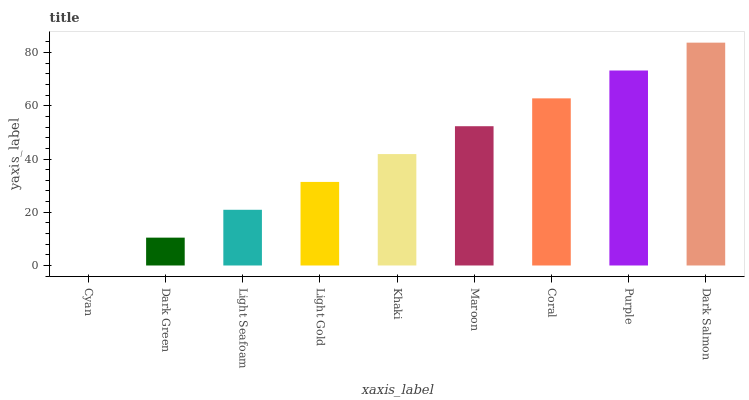
| xaxis_label | bars |
 | --- | --- |
 | Cyan | 0 |
 | Dark Green | 10.5 |
 | Light Seafoam | 20.9 |
 | Light Gold | 31.4 |
 | Khaki | 41.9 |
 | Maroon | 52.3 |
 | Coral | 62.8 |
 | Purple | 73.3 |
 | Dark Salmon | 83.7 |